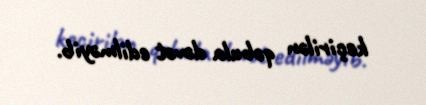
keçirilən qəbula dəvət edilməyib.